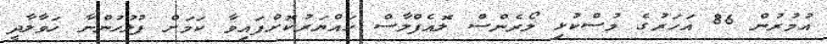
އުމުރުން 86 އަހަރުގެ މުސްކުޅި ލޯރެންސް ލޮއެފްލާސް ހައްޔަރުކޮށްފައިވާ ކަމަށް ފުލުހުންނާ ހަވާލާދީ